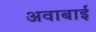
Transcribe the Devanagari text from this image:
अवाबाई